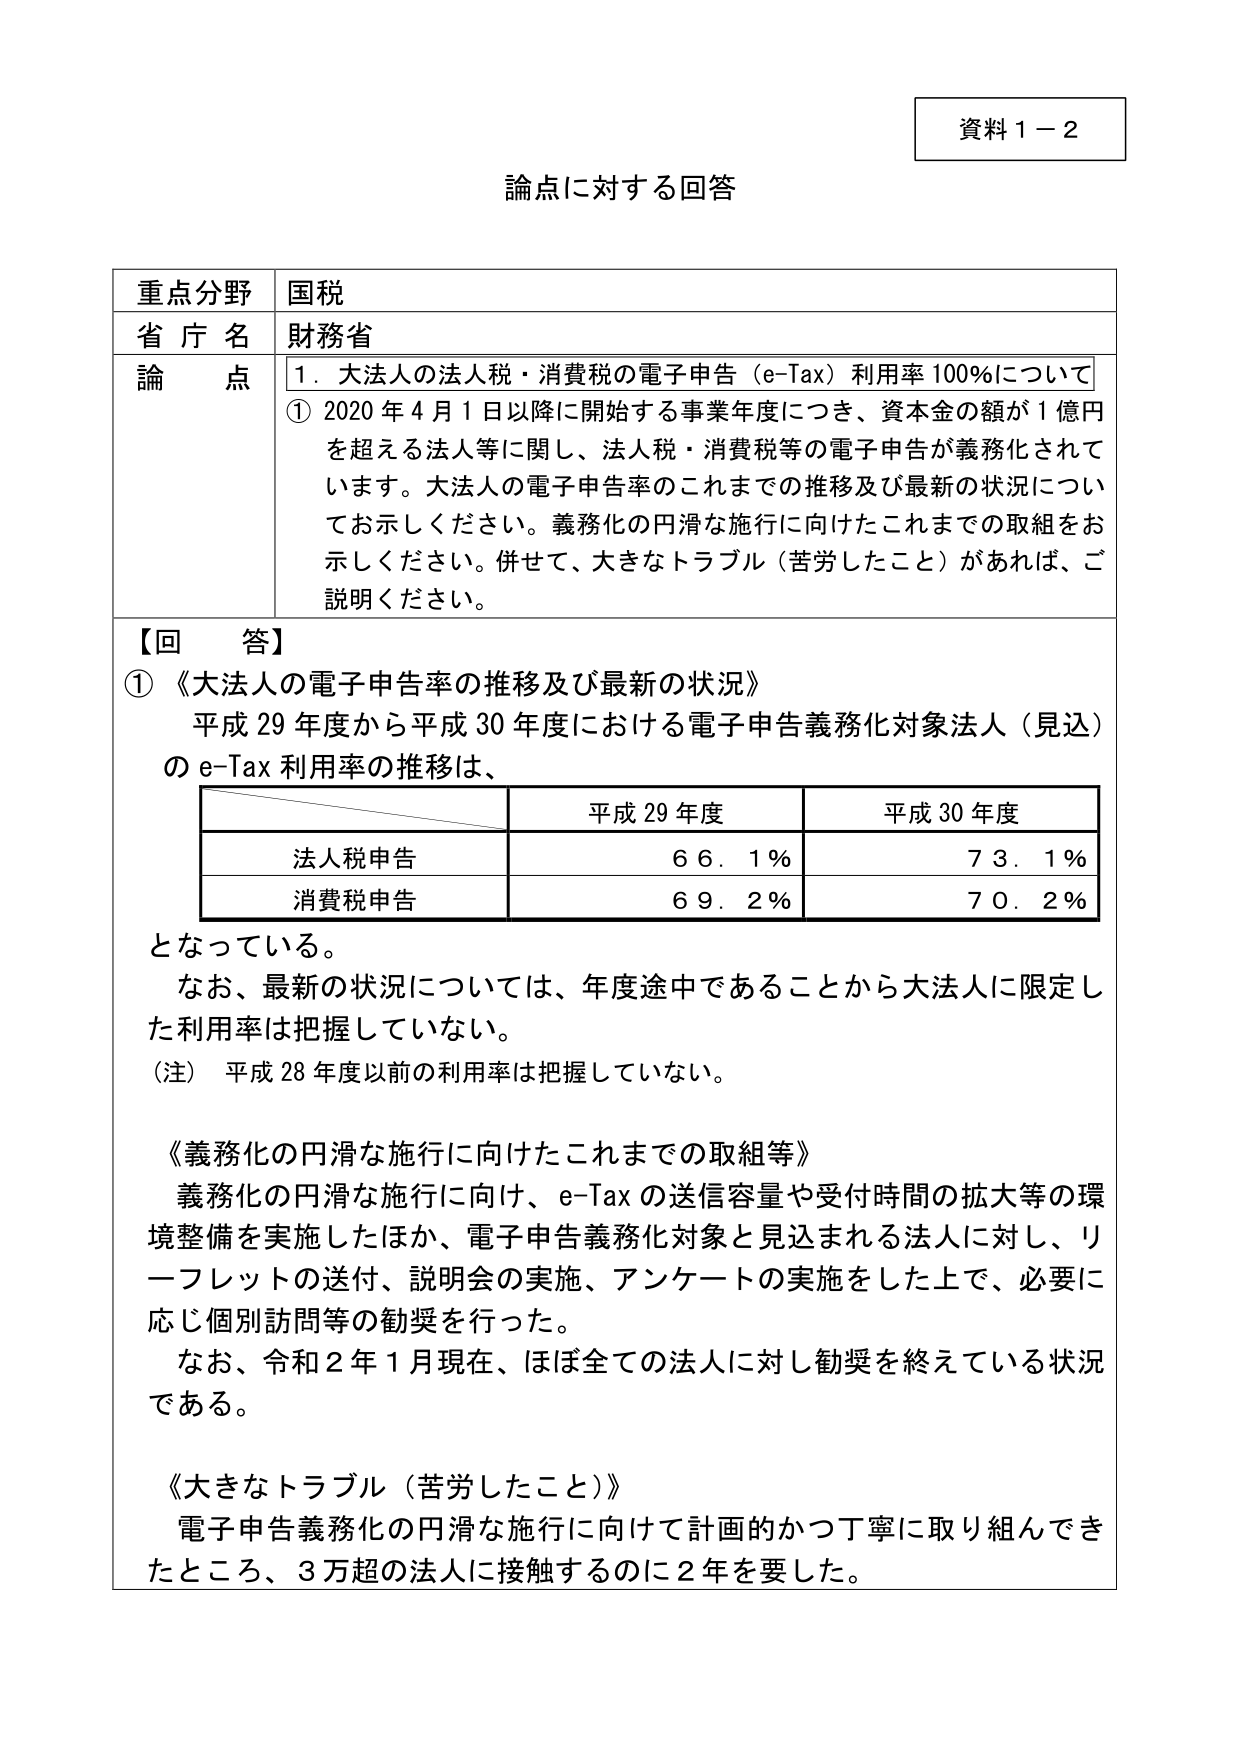
資料１－２

論点に対する回答

重点分野　国税
省庁名　財務省
論点　１．大法人の法人税・消費税の電子申告（e-Tax）利用率100％について
① 2020年4月1日以降に開始する事業年度につき、資本金の額が1億円を超える法人等に関し、法人税・消費税等の電子申告が義務化されています。大法人の電子申告率のこれまでの推移及び最新の状況についてお示しください。義務化の円滑な施行に向けたこれまでの取組をお示しください。併せて、大きなトラブル（苦労したこと）があれば、ご説明ください。

【回答】
①《大法人の電子申告率の推移及び最新の状況》
平成29年度から平成30年度における電子申告義務化対象法人（見込）のe-Tax利用率の推移は、

　　　　　　　　　　　平成29年度　　　　平成30年度
　　　　　　　　　　　　66.1％　　　　　73.1％
法人税申告
　　　　　　　　　　　　69.2％　　　　　70.2％
消費税申告

となっている。
なお、最新の状況については、年度途中であることから大法人に限定した利用率は把握していない。
（注）平成28年度以前の利用率は把握していない。

《義務化の円滑な施行に向けたこれまでの取組等》
義務化の円滑な施行に向け、e-Taxの送信容量や受付時間の拡大等の環境整備を実施したほか、電子申告義務化対象と見込まれる法人に対し、リーフレットの送付、説明会の実施、アンケートの実施をした上で、必要に応じ個別訪問等の勧奨を行った。
なお、令和2年1月現在、ほぼ全ての法人に対し勧奨を終えている状況である。

《大きなトラブル（苦労したこと）》
電子申告義務化の円滑な施行に向けて計画的かつ丁寧に取り組んできたところ、3万超の法人に接触するのに2年を要した。